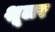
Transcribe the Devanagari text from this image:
शूलर